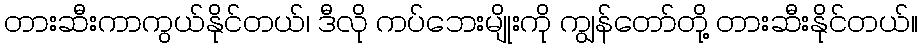
တားဆီးကာကွယ်နိုင်တယ်၊ ဒီလို ကပ်ဘေးမျိုးကို ကျွန်တော်တို့ တားဆီးနိုင်တယ်။